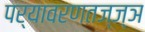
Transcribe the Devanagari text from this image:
पर्यावरणतज्ज्ञ